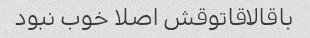
باقالاقاتوقش اصلا خوب نبود